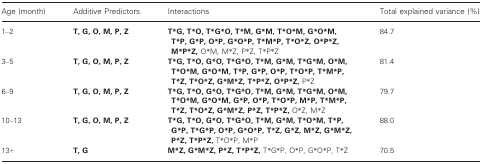
| Age (month) | Additive Predictors | Interactions | Total explained variance (%) |
 | --- | --- | --- | --- |
 | 1–2 | T, G, O, M, P, Z | T*G, T*O, T*G*O, T*M, G*M, T*O*M, G*O*M, T*P, G*P, O*P, G*O*P, T*M*P, T*O*Z, O*P*Z, M*P*Z, O*M, M*Z, P*Z, T*P*Z | 84.7 |
 | 3–5 | T, G, O, M, P, Z | T*G, T*O, G*O, T*G*O, T*M, G*M, T*G*M, O*M, T*O*M, G*O*M, T*P, G*P, O*P, T*O*P, T*M*P, T*Z, T*O*Z, G*M*Z, T*P*Z, O*P*Z, P*Z | 81.4 |
 | 6–9 | T, G, O, M, P, Z | T*G, T*O, G*O, T*G*O, T*M, G*M, T*G*M, O*M, T*O*M, G*O*M, G*P, O*P, T*O*P, M*P, T*M*P, T*Z, T*O*Z, G*M*Z, P*Z, T*P*Z, O*Z, M*Z | 79.7 |
 | 10–13 | T, G, O, M, P, Z | T*G, T*O, G*O, T*G*O, T*M, G*M, T*O*M, T*P, G*P, T*G*P, O*P, G*O*P, T*Z, G*Z, M*Z, G*M*Z, P*Z, T*P*Z, T*O*P, M*P | 88.0 |
 | 13+ | T, G | M*Z, G*M*Z, P*Z, T*P*Z, T*G*P, O*P, G*O*P, T*Z | 70.5 |